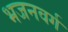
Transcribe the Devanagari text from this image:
भजनवर्ग